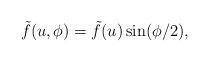
LaTeX: \begin{align*}\tilde{f}(u,\phi)=\tilde{f}(u)\sin(\phi/2),\end{align*}